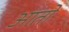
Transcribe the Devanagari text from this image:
आताे